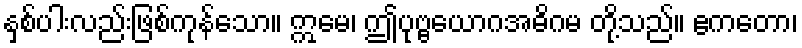
နှစ်ပါးလည်းဖြစ်ကုန်သော။ ဣမေ၊ ဤပုဗ္ဗယောဂအဓိဂမ တို့သည်။ ဧကတော၊